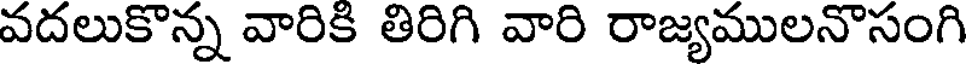
వదలుకొన్న వారికి తిరిగి వారి రాజ్యములనొసంగి